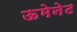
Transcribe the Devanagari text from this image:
ऊमेनेट